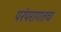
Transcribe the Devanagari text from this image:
परंपरागतच